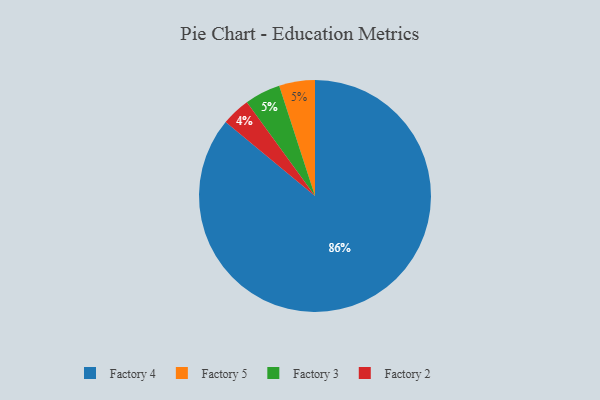
{"axis": {"x": "Category", "y": "Percentage"}, "legend": ["Factory 2", "Factory 3", "Factory 4", "Factory 5"], "data": [{"x": "Factory 4", "y": 86, "type": "Factory 4"}, {"x": "Factory 2", "y": 4, "type": "Factory 2"}, {"x": "Factory 5", "y": 5, "type": "Factory 5"}, {"x": "Factory 3", "y": 5, "type": "Factory 3"}]}